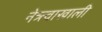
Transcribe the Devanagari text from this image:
नेत्र्त्वाखाली